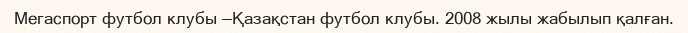
Мегаспорт футбол клубы —Қазақстан футбол клубы. 2008 жылы жабылып қалған.